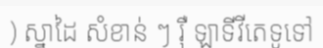
) ស្នាដៃ សំខាន់ ៗ រ៉ឺ ឡាទីវីតេទូទៅ